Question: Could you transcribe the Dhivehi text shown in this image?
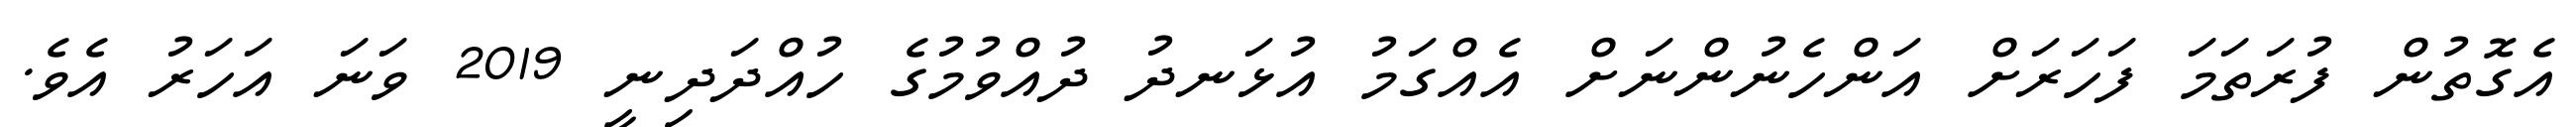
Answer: އެގޮތުން ފުރަތަމަ ފަހަރަށް އަންހެނުންނަށް އެއްގަމު އުޅަނދު ދުއްވުމުގެ ހުއްދަދިނީ 2019 ވަނަ އަހަރު އެވެ.